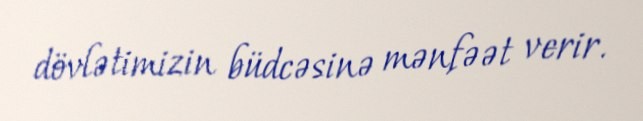
dövlətimizin büdcəsinə mənfəət verir.